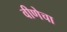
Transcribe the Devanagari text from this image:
वीणेचा